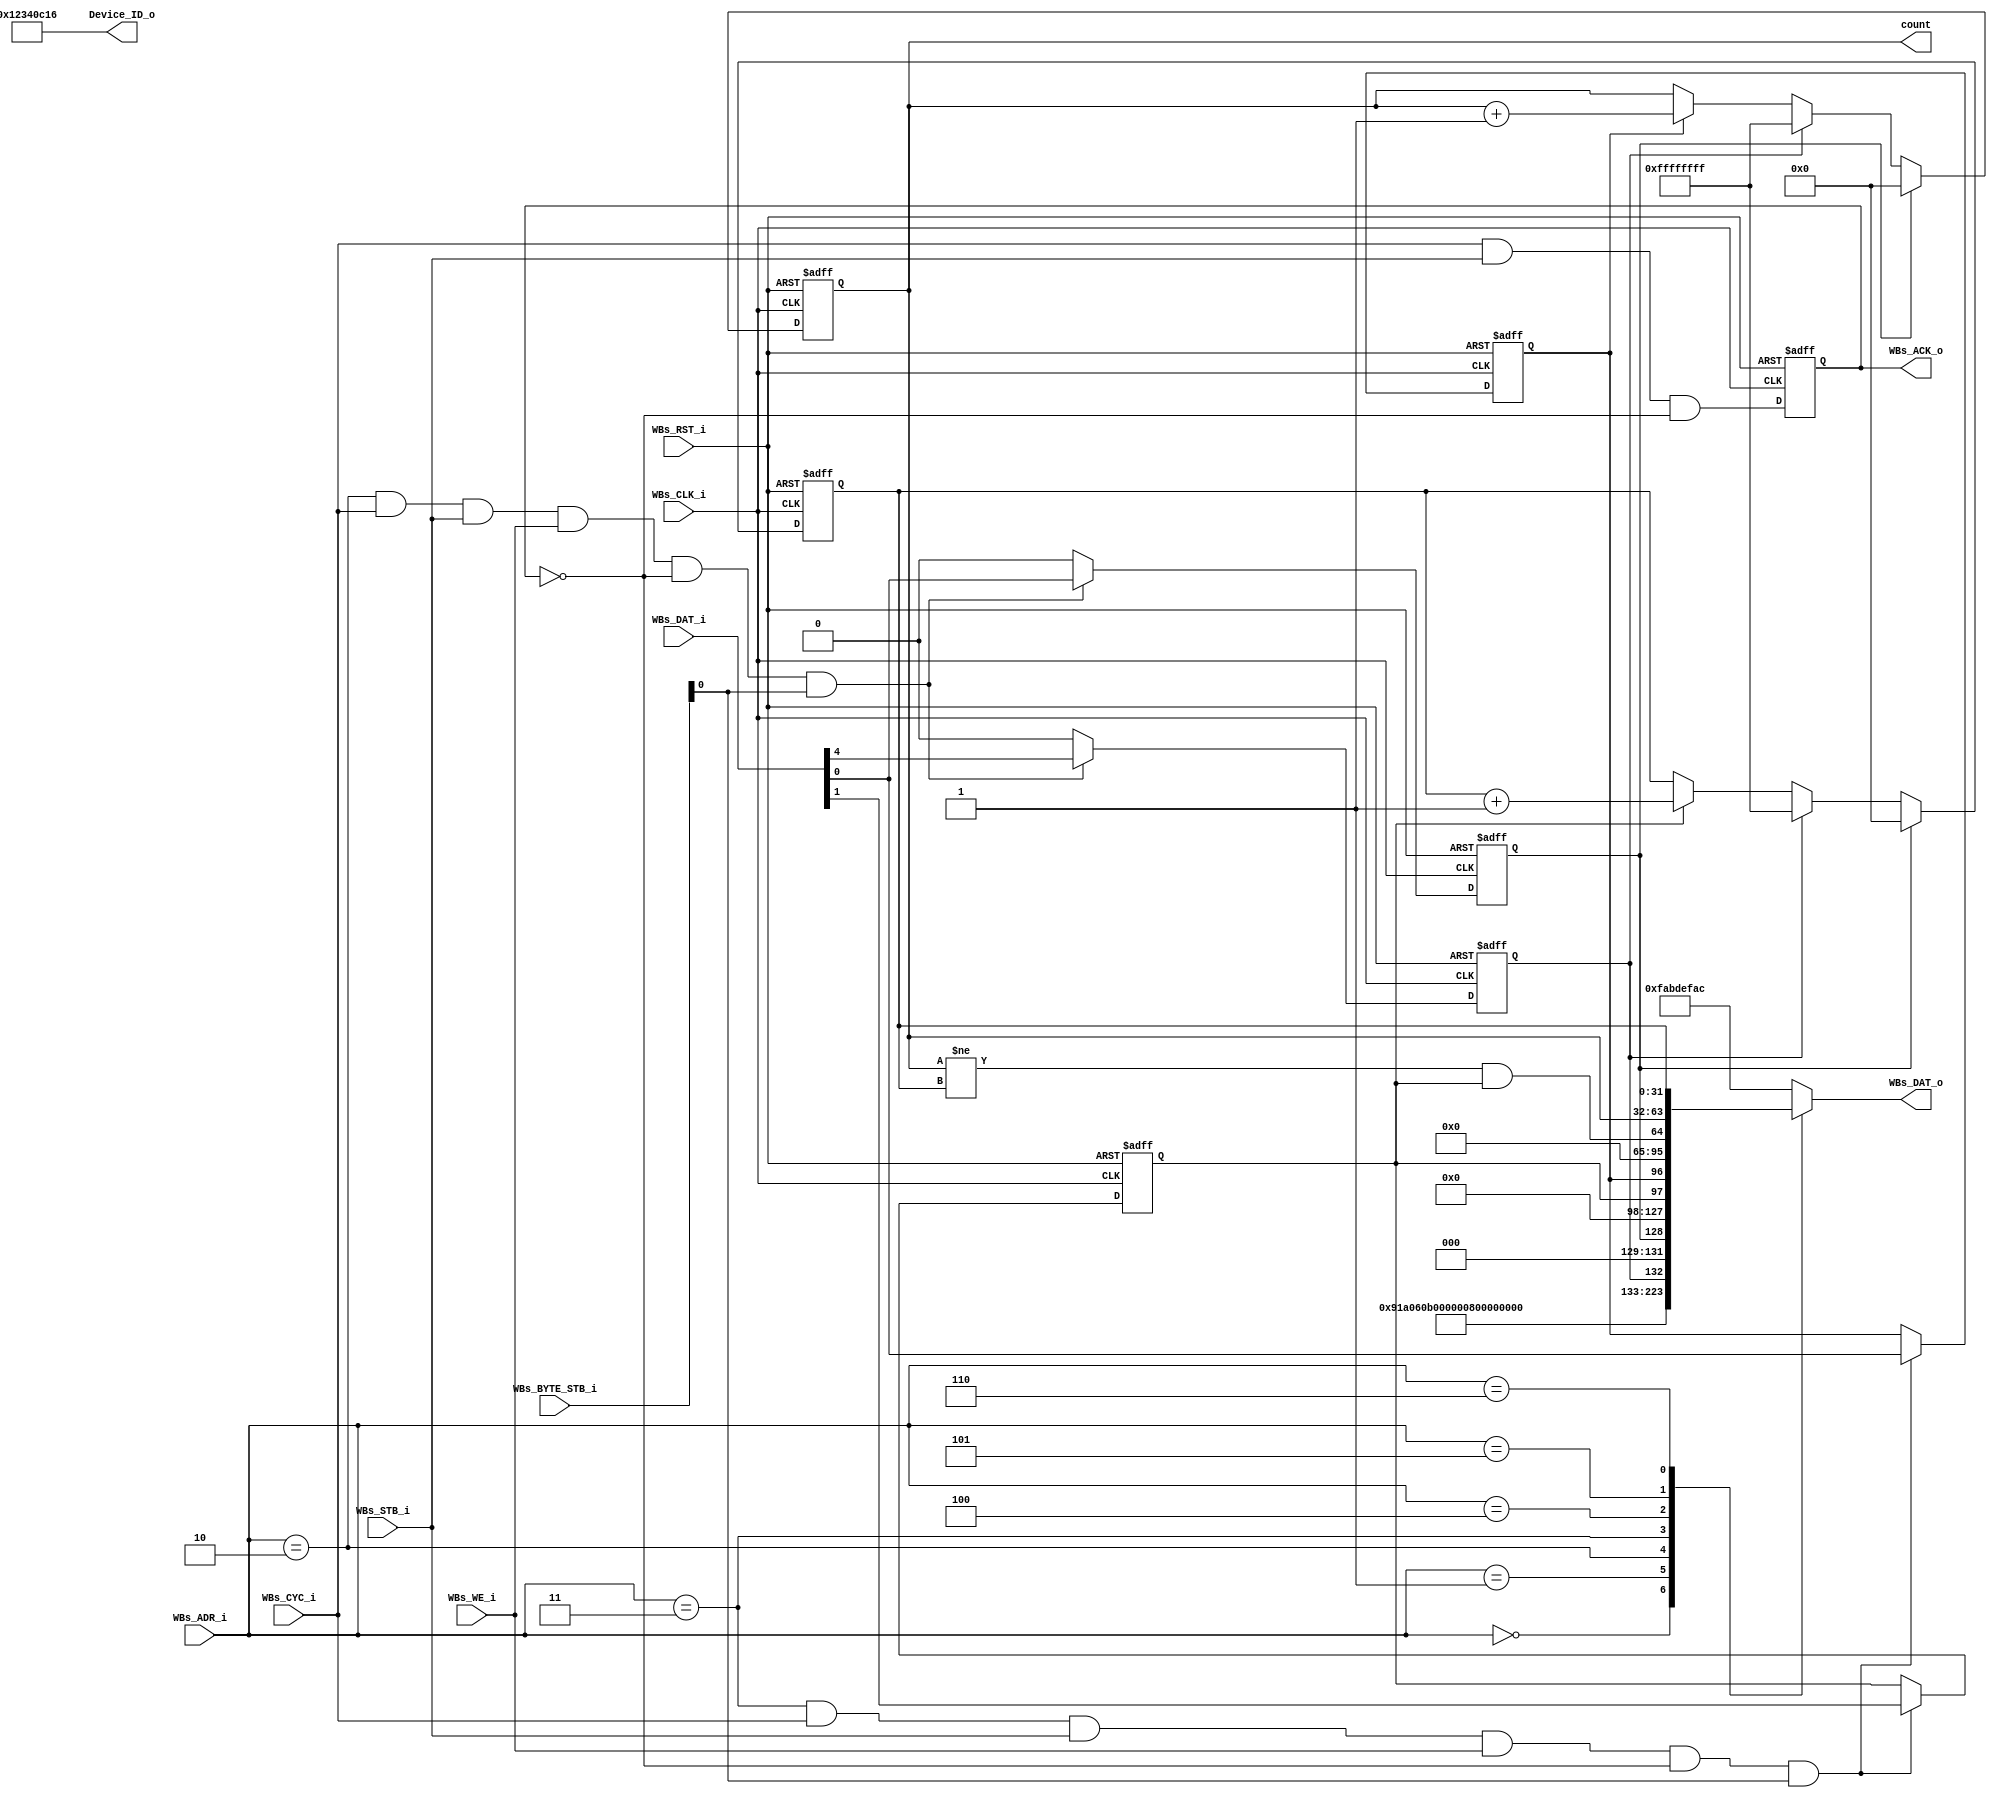
`timescale 1ns / 10ps
module AL4S3B_FPGA_Registers ( 

                         // AHB-To_FPGA Bridge I/F
                         //
                         WBs_ADR_i,
                         WBs_CYC_i,
                         WBs_BYTE_STB_i,
                         WBs_WE_i,
                         WBs_STB_i,
                         WBs_DAT_i,
                         WBs_CLK_i,
                         WBs_RST_i,
                         WBs_DAT_o,
                         WBs_ACK_o,

                         Device_ID_o,
						 	 
                         count
                         );


//------Port Parameters----------------
//

parameter            ADDRWIDTH                   =   7  ;   // Allow for up to 128 registers in the FPGA
parameter            DATAWIDTH                   =  32  ;   // Allow for up to 128 registers in the FPGA

parameter      			 FPGA_REG_ID_VALUE_ADR     	 =  7'h0; 
parameter      			 FPGA_REV_NUM_ADR          	 =  7'h1; 
parameter      			 FPGA_CNT_SET_RST_REG_ADR  	 =  7'h2; 
parameter      			 FPGA_CNT_EN_REG_ADR       	 =  7'h3;
parameter      			 FPGA_CNT_ERR_STS_ADR      	 =  7'h4; 
parameter      			 FPGA_CNT_VAL_REG_ADR      	 =  7'h5;
parameter      			 FPGA_DEBUG_REG_ADR      	   =  7'h6;

parameter            AL4S3B_DEVICE_ID            = 16'h0;
parameter            AL4S3B_REV_LEVEL            = 32'h0;

parameter            AL4S3B_DEF_REG_VALUE        = 32'hFAB_DEF_AC;


//------Port Signals-------------------
//

// AHB-To_FPGA Bridge I/F
//
input   [ADDRWIDTH-1:0]  WBs_ADR_i     ;  // Address Bus                to   FPGA
input                    WBs_CYC_i     ;  // Cycle Chip Select          to   FPGA
input             [3:0]  WBs_BYTE_STB_i;  // Byte Select                to   FPGA
input                    WBs_WE_i      ;  // Write Enable               to   FPGA
input                    WBs_STB_i     ;  // Strobe Signal              to   FPGA
input   [DATAWIDTH-1:0]  WBs_DAT_i     ;  // Write Data Bus             to   FPGA
input                    WBs_CLK_i     ;  // FPGA Clock               from FPGA
input                    WBs_RST_i     ;  // FPGA Reset               to   FPGA
output  [DATAWIDTH-1:0]  WBs_DAT_o     ;  // Read Data Bus              from FPGA
output                   WBs_ACK_o     ;  // Transfer Cycle Acknowledge from FPGA

//
// Misc
//
output           [31:0]  Device_ID_o   ;

output           [31:0]  count    ;


// FPGA Global Signals
//
wire                     WBs_CLK_i     ;  // Wishbone FPGA Clock
wire                     WBs_RST_i     ;  // Wishbone FPGA Reset

// Wishbone Bus Signals
//
wire    [ADDRWIDTH-1:0]  WBs_ADR_i     ;  // Wishbone Address Bus
wire                     WBs_CYC_i     ;  // Wishbone Client Cycle  Strobe (i.e. Chip Select)
wire              [3:0]  WBs_BYTE_STB_i;  // Wishbone Byte   Enables
wire                     WBs_WE_i      ;  // Wishbone Write  Enable Strobe
wire                     WBs_STB_i     ;  // Wishbone Transfer      Strobe
wire    [DATAWIDTH-1:0]  WBs_DAT_i     ;  // Wishbone Write  Data Bus
 
reg     [DATAWIDTH-1:0]  WBs_DAT_o     ;  // Wishbone Read   Data Bus

reg                      WBs_ACK_o     ;  // Wishbone Client Acknowledge

// Misc
//
wire               [31:0]  Device_ID_o   ;
wire               [15:0]  Rev_No        ;

reg                [31:0]  count_r    ; 
reg                [31:0]  count_chk  ;
reg 					   cntr_set, cntr_rst, cntr_en,cntr_chk_en;
wire 					   cntr_sts;

//------Define Parameters--------------
//

//
// None at this time
//

//------Internal Signals---------------
//
wire     FPGA_CNT_SET_RST_Dcd    ;
wire     FPGA_CNT_EN_REG_Dcd ;

wire		 WBs_ACK_o_nxt;

//------Logic Operations---------------
//

assign count = count_r;
// Define the FPGA's local register write enables
//
assign FPGA_CNT_SET_RST_Dcd    = ( WBs_ADR_i == FPGA_CNT_SET_RST_REG_ADR    ) & WBs_CYC_i & WBs_STB_i & WBs_WE_i   & (~WBs_ACK_o);
assign FPGA_CNT_EN_REG_Dcd     = ( WBs_ADR_i == FPGA_CNT_EN_REG_ADR     ) & WBs_CYC_i & WBs_STB_i & WBs_WE_i   & (~WBs_ACK_o);

// Define the Acknowledge back to the host for registers
//
assign WBs_ACK_o_nxt  =   WBs_CYC_i & WBs_STB_i & (~WBs_ACK_o);


// Define the FPGA's Local Registers
//
always @( posedge WBs_CLK_i or posedge WBs_RST_i)
begin
    if (WBs_RST_i)
    begin
      cntr_set         <= 1'b0; 
      cntr_rst         <= 1'b0;
      cntr_en          <= 1'b0;
      cntr_chk_en      <= 1'b0;
      WBs_ACK_o        <= 1'b0;
    end  
    else
    begin
      if(FPGA_CNT_SET_RST_Dcd && WBs_BYTE_STB_i[0]) begin
        cntr_rst         <= WBs_DAT_i[0]  ;
        cntr_set         <= WBs_DAT_i[4]  ;
      end
      else begin
        cntr_set         <= 1'b0     ;
        cntr_rst         <= 1'b0     ;
      end

      if(FPGA_CNT_EN_REG_Dcd && WBs_BYTE_STB_i[0]) begin
        cntr_en          <= WBs_DAT_i[0]  ;
        cntr_chk_en      <= WBs_DAT_i[1]  ;
      end
      WBs_ACK_o   <=  WBs_ACK_o_nxt  ;
    end  
end


always @( posedge WBs_CLK_i or posedge WBs_RST_i)
begin
  if (WBs_RST_i) begin
    count_r  <= 32'h0     ;
  end  
  else begin
    if (cntr_rst)
			count_r <= 32'h0;
		else if (cntr_set)
			count_r <= 32'hFFFFFFFF;
		else if (cntr_en)
      count_r <= count_r + 1;
    else
      count_r <= count_r;
    end  
end

always @( posedge WBs_CLK_i or posedge WBs_RST_i)
begin
    if (WBs_RST_i) begin
      count_chk          <= 32'h0     ;
    end  
    else begin
      if (cntr_rst)
        count_chk <= 32'h0;
      else if (cntr_set)
        count_chk <= 32'hFFFFFFFF;
      else if (cntr_chk_en)
        count_chk <= count_chk + 1;
      else
        count_chk <= count_chk;
    end  
end

assign cntr_sts = (count_r != count_chk) & cntr_chk_en;

// Define the how to read the local registers and memory
//
assign Device_ID_o = 32'h12340C16 ;
assign Rev_No = 16'h100 ;
always @(
         WBs_ADR_i         or
         Device_ID_o       or
         Rev_No  		       or
         cntr_set          or
         cntr_rst          or
         cntr_en           or
		     cntr_sts          or
         count_chk         or
         count_r                
 )
 begin
    case(WBs_ADR_i[ADDRWIDTH-1:0])
		FPGA_REG_ID_VALUE_ADR     : WBs_DAT_o <= Device_ID_o;
		FPGA_REV_NUM_ADR          : WBs_DAT_o <= { 16'h0, Rev_No };  
		FPGA_CNT_SET_RST_REG_ADR  : WBs_DAT_o <= { 27'h0,cntr_set,3'h0,cntr_rst};
		FPGA_CNT_EN_REG_ADR       : WBs_DAT_o <= { 30'h0,cntr_chk_en,cntr_en};
		FPGA_CNT_ERR_STS_ADR      : WBs_DAT_o <= { 31'h0, cntr_sts }; 
		FPGA_CNT_VAL_REG_ADR      : WBs_DAT_o <= { count_r };
    FPGA_DEBUG_REG_ADR        : WBs_DAT_o <= { count_chk };
		default                   : WBs_DAT_o <= AL4S3B_DEF_REG_VALUE;
	endcase
end

endmodule